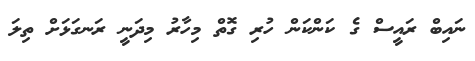
ނައިބް ރައީސް ގެ ކަންކަން ހުރި ގޮތް މިހާރު މިދަނީ ރަނގަޅަށް ތިލަ